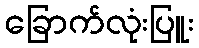
ခြောက်လုံးပြူး